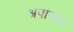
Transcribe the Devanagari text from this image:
अपांजन